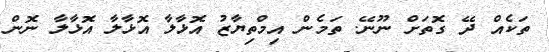
ތަކެއް ދޭ ގޮތަށް ނޫނޭ. ތަމެން އިމްތިޔާޒު އޮޅާލާ އޮޅާލާ އޮޅާލާ ނޮން